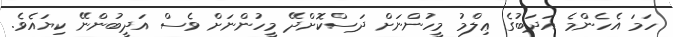
ހަމަ އެހެންމެ އަދަބުގެ ޢިލްމު މީހުންނަށް ދަސްކޮށްދޭ މީހުންނަށް ވެސް އަދީބުންނޭ ކިޔައެވެ.